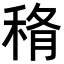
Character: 𥞼